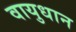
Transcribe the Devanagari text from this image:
वायुधान